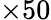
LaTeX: \times 50